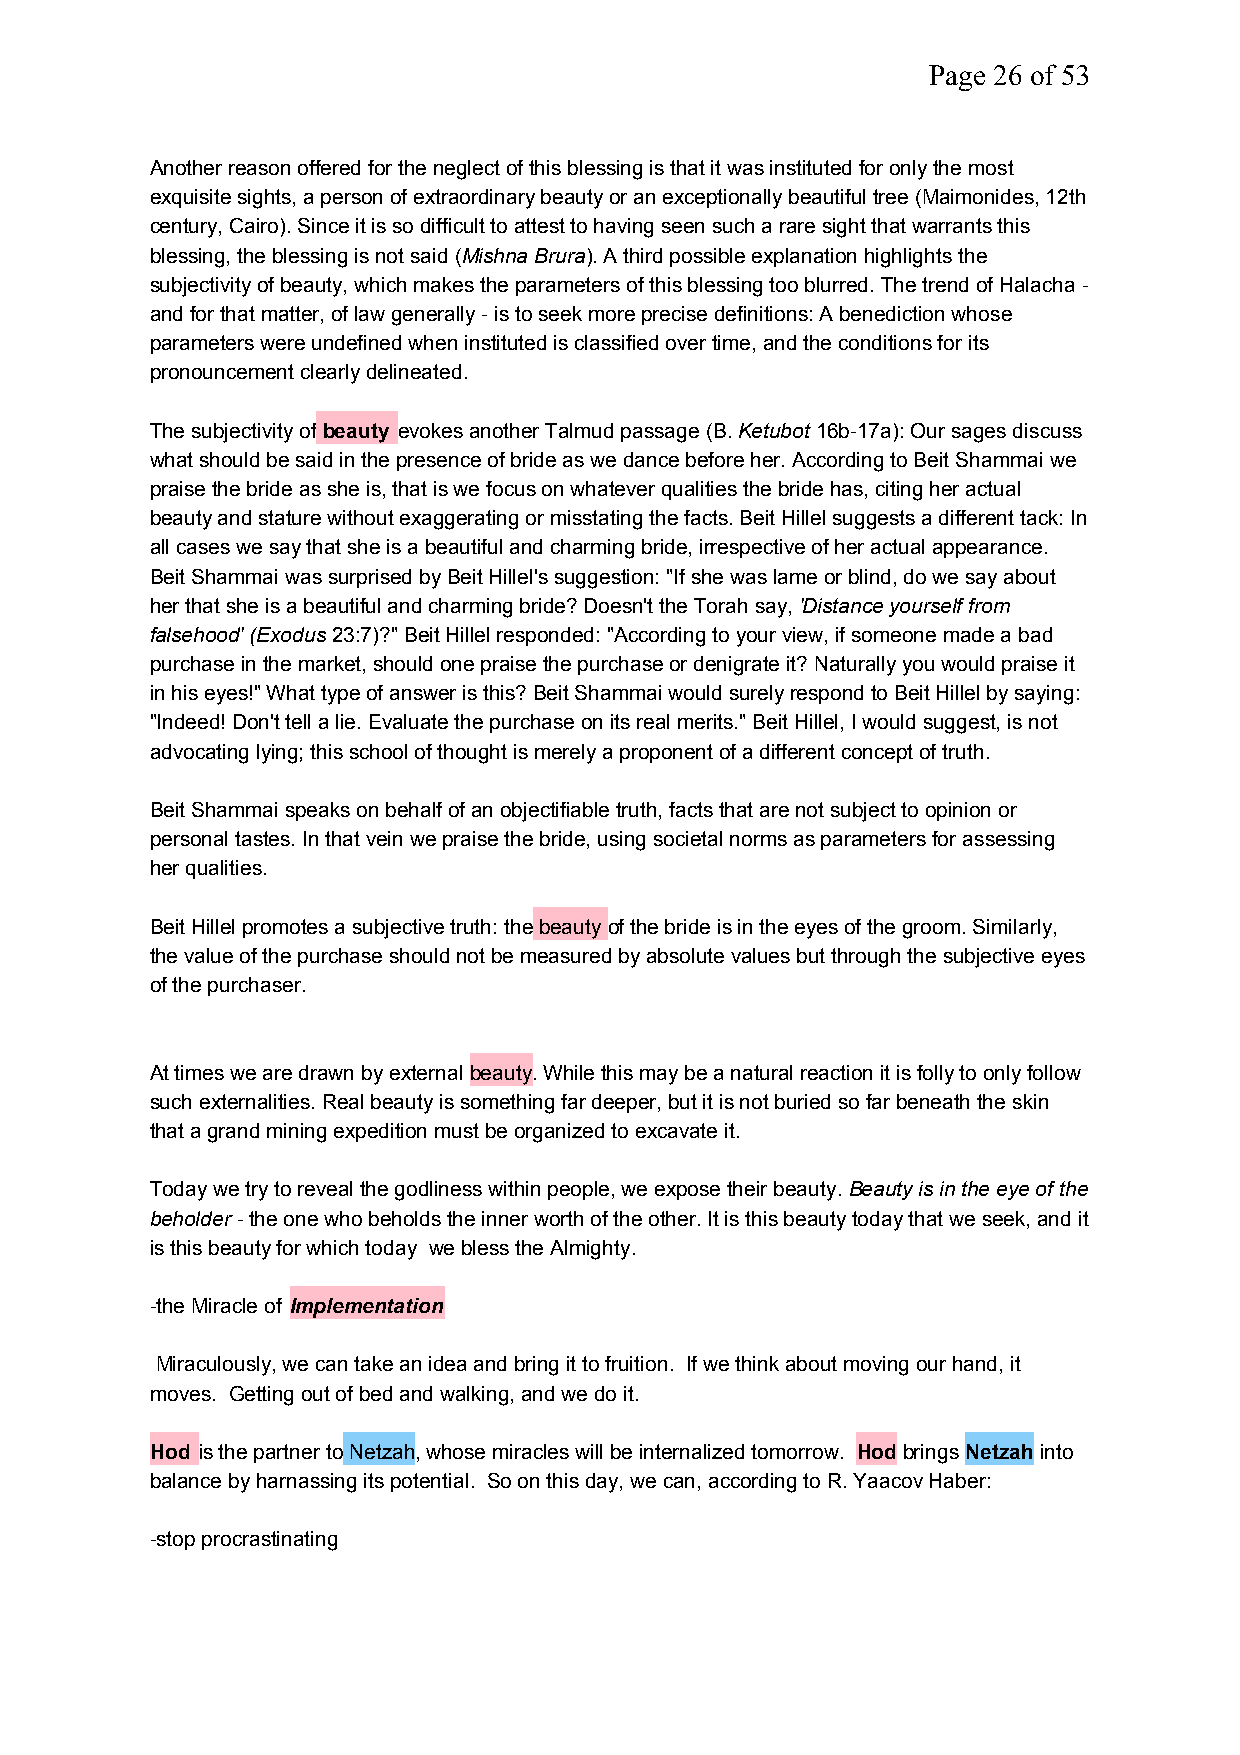
Page 26 of 53
 Another reason offered for the neglect of this blessing is that it was instituted for only the most
 exquisite sights, a person of extraordinary beauty or an exceptionally beautiful tree (Maimonides, 12th
 century, Cairo). Since it is so difficult to attest to having seen such a rare sight that warrants this
 blessing, the blessing is not said (Mishna Brura). A third possible explanation highlights the
 subjectivity of beauty, which makes the parameters of this blessing too blurred. The trend of Halacha -
 and for that matter, of law generally - is to seek more precise definitions: A benediction whose
 parameters were undefined when instituted is classified over time, and the conditions for its
 pronouncement clearly delineated.
 The subjectivity ofbeauty evokes another Talmud passage (B.Ketubot16b-17a): Our sages discuss
 what should be said in the presence of bride as we dance before her. According to Beit Shammai we
 praise the bride as she is, that is we focus on whatever qualities the bride has, citing her actual
 beauty and stature without exaggerating or misstating the facts. Beit Hillel suggests a different tack: In
 all cases we say that she is a beautiful and charming bride, irrespective of her actual appearance.
 Beit Shammai was surprised by Beit Hillel's suggestion: "If she was lame or blind, do we say about
 her that she is a beautiful and charming bride? Doesn't the Torah say, 'Distance yourself from
 falsehood' (Exodus23:7)?" Beit Hillel responded: "According to your view, if someone made a bad
 purchase in the market, should one praise the purchase or denigrate it? Naturally you would praise it
 in his eyes!" What type of answer is this? Beit Shammai would surely respond to Beit Hillel by saying:
 "Indeed! Don't tell a lie. Evaluate the purchase on its real merits." Beit Hillel, I would suggest, is not
 advocating lying; this school of thought is merely a proponent of a different concept of truth.
 Beit Shammai speaks on behalf of an objectifiable truth, facts that are not subject to opinion or
 personal tastes. In that vein we praise the bride, using societal norms as parameters for assessing
 her qualities.
 Beit Hillel promotes a subjective truth: thebeautyof the bride is in the eyes of the groom. Similarly,
 the value of the purchase should not be measured by absolute values but through the subjective eyes
 of the purchaser.
 At times we are drawn by externalbeauty. While this may be a natural reaction it is folly to only follow
 such externalities. Real beauty is something far deeper, but it is not buried so far beneath the skin
 that a grand mining expedition must be organized to excavate it.
 Today we try to reveal the godliness within people, we expose their beauty. Beauty is in the eye of the
 beholder- the one who beholds the inner worth of the other. It is this beauty today that we seek, and it
 is this beauty for which today we bless the Almighty.
 -the Miracle of Implementation
 Miraculously, we can take an idea and bring it to fruition. If we think about moving our hand, it
 moves. Getting out of bed and walking, and we do it.
 Hod is the partner toNetzah, whose miracles will be internalized tomorrow. HodbringsNetzahinto
 balance by harnassing its potential. So on this day, we can, according to R. Yaacov Haber:
 -stop procrastinating